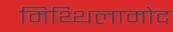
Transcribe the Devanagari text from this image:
मिथ्थिलामोद